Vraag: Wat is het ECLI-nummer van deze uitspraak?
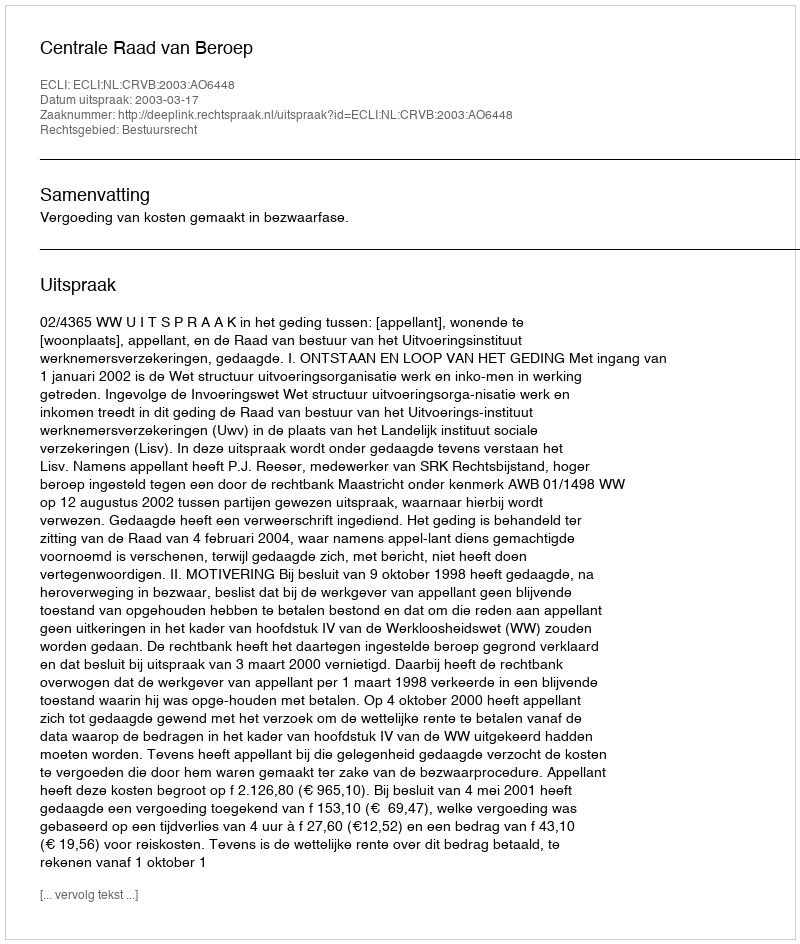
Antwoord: ECLI:NL:CRVB:2003:AO6448